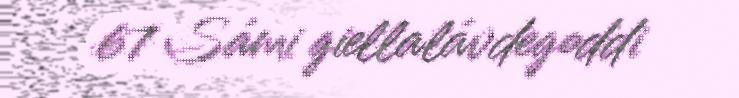
67 Sámi giellalávdegoddi